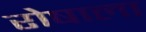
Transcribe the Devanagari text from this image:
रोषाला